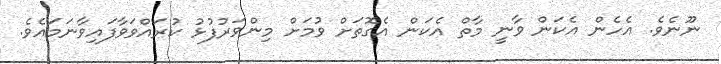
ނޫނެވެ. އެހެން އެކަން ވާނީ މާތް އެކަން އެގޮތަށް ވުމަށް މިންވަރުފުޅު ކުރައްވަވާފައިވާނަމައެވެ.